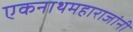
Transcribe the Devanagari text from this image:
एकनाथमहाराजांनी